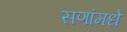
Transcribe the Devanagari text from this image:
सणांमधे